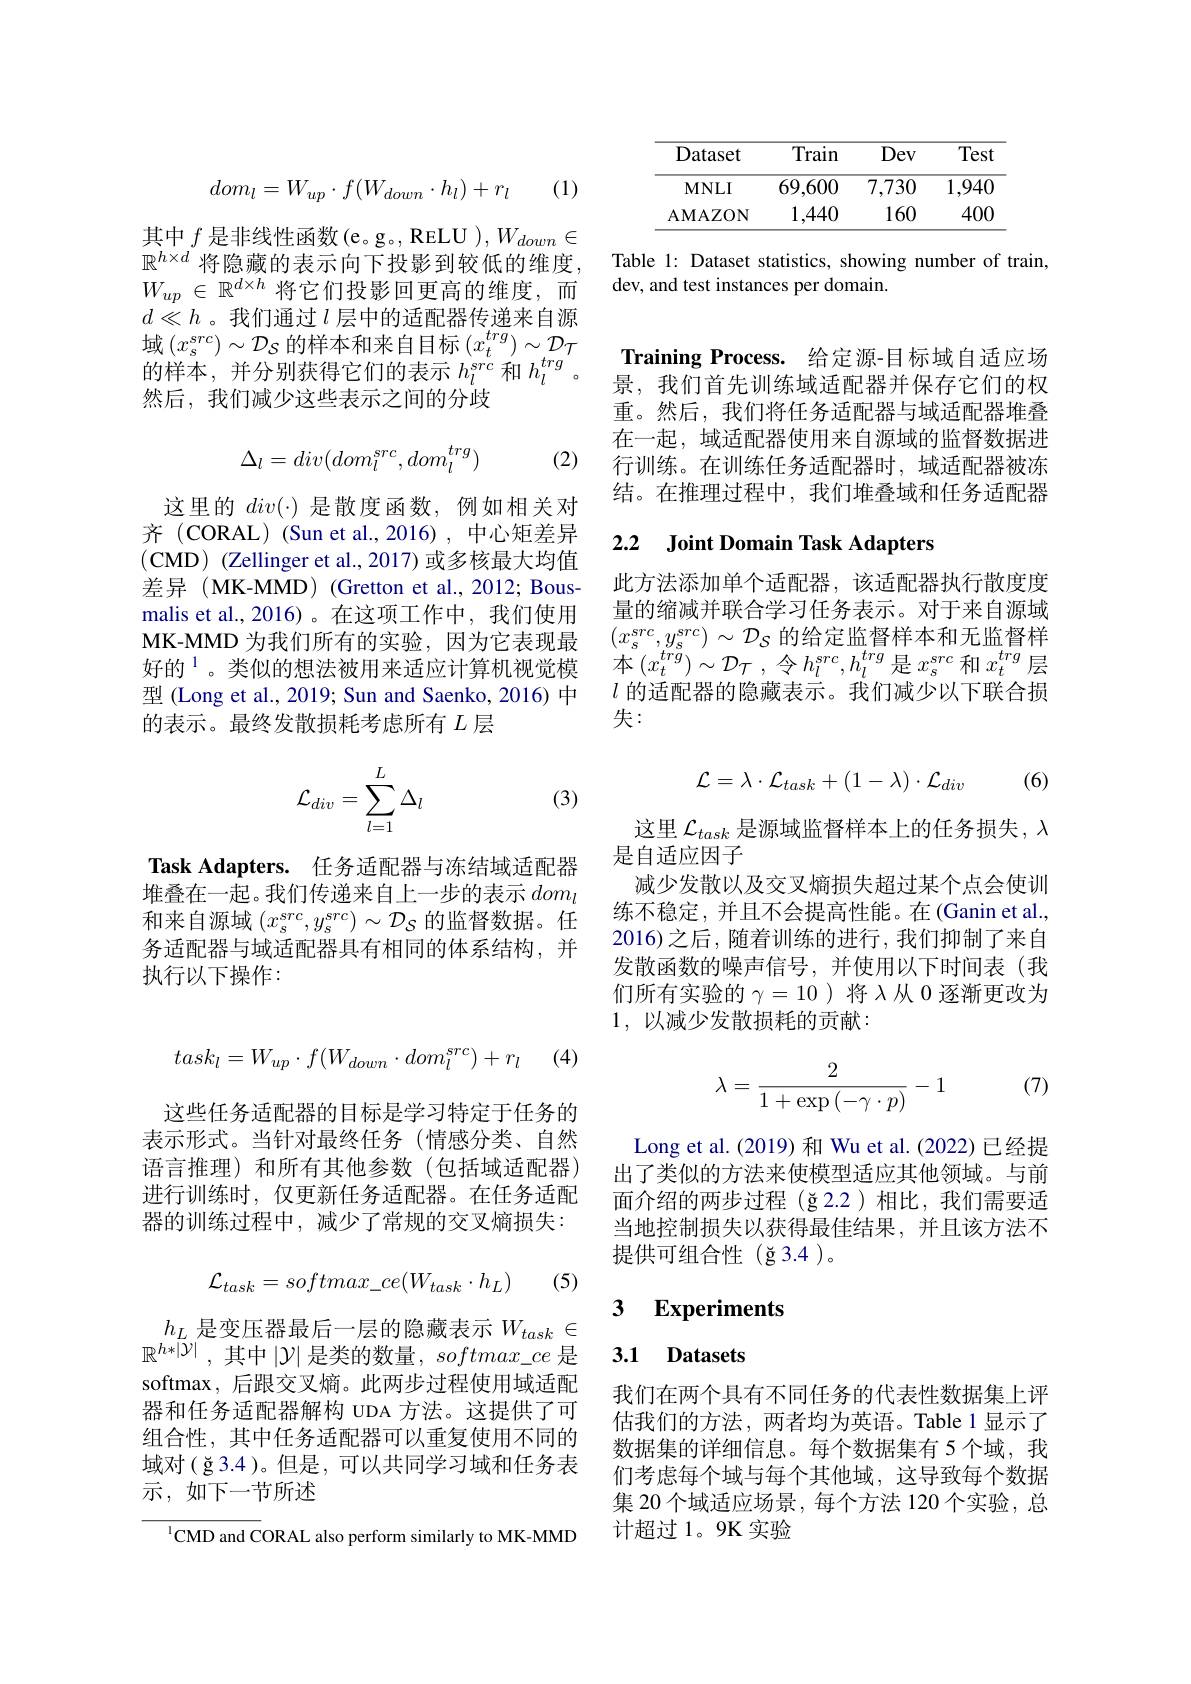
(1)
$$dom_l=W_{up}\cdot f(W_{down}\cdot h_l)+r_l$$
其中$f$是非线性函数(e。g。, RELU $),W_down\in$ $\mathbb{R}^{h\times d}$ 将隐藏的表示向下投影到较低的维度， $W_{up}\in\mathbb{R}^{d\times h}$将它们投影回更高的维度，而$d\ll h$ 。我们通过$l$层中的适配器传递来自源域$(x_s^{src})\sim\mathcal{D}_S$的样本和来自目标$(x_t^trg)\sim\mathcal{D}_t_n$ 的样本，并分别获得它们的表示$h_l^{src}$和$h_l^{trg}$ 然后，我们减少这些表示之间的分歧
$$\Delta_l=div(dom_l^{src},dom_l^{trg})$$
(2)

这里的$div(\cdot)$是散度函数，例如相关对齐 (CORAL) (Sun et al.,2016) , 中心矩差异(CMD) (Zellinger et al., 2017) 或多核最大均值差异 (MK-MMD) (Gretton et al., 2012; Bousmalis et al.,2016)。在这项工作中，我们使用MK-MMD 为我们所有的实验，因为它表现最好的$^{1}$。类似的想法被用来适应计算机视觉模型 (Long et al., 2019; Sun and Saenko, 2016) 中的表示。最终发散损耗考虑所有$L$层

(3)
$$\mathcal{L}_{div}=\sum\limits_{l=1}^L\Delta_l$$
Task Adapters. 任务适配器与冻结域适配器堆叠在一起。我们传递来自上一步的表示$dom_l$ 和来自源域$(x_s^{src},y_s^{src})\sim\mathcal{D}_S$的监督数据。任务适配器与域适配器具有相同的体系结构，并执行以下操作：
$$task_l=W_{up}\cdot f(W_{down}\cdot dom_l^{src})+r_l$$
(4)

这些任务适配器的目标是学习特定于任务的表示形式。当针对最终任务(情感分类、自然语言推理)和所有其他参数(包括域适配器) 进行训练时，仅更新任务适配器。在任务适配器的训练过程中，减少了常规的交叉熵损失：
$$\mathcal{L}_{task}=softmax_ce(W_{task}\cdot h_{L})$$
1 (5)

$h_{L}$是变压器最后一层的隐藏表示$W_task\in$ $\mathbb{R}^{h*|\bar{\mathcal{Y}}|}$,其中$|\mathcal{Y}|$是类的数量，$softmax\_ce$是softmax, 后跟交叉熵。此两步过程使用域适配器和任务适配器解构 UDA 方法。这提供了可组合性，其中任务适配器可以重复使用不同的域对(ğ3.4)。但是，可以共同学习域和任务表示，如下一节所述

$^{1}$CMD and CORAL also perform similarly to MK-MMD

<table>
	<tbody>
		<tr>
			<th>Dataset</th>
			<th>Train</th>
			<th>Dev</th>
			<th>Test</th>
		</tr>
		<tr>
			<td>$\mathbf{MNLI}$</td>
			<td>69,600</td>
			<td>7,730</td>
			<td>$\overline{1,940}$</td>
		</tr>
		<tr>
			<td>AMAZON</td>
			<td>1,440</td>
			<td>160</td>
			<td>400</td>
		</tr>
	</tbody>
</table>

Table 1: Dataset statistics, showing number of train,
dev, and test instances per domain.

Training Process. 给定源-目标域自适应场景，我们首先训练域适配器并保存它们的权

重。然后，我们将任务适配器与域适配器堆叠$\overline{\text{在一起，域适配器使用来自源域的监督数据进}}$ 行训练。在训练任务适配器时，域适配器被冻结。在推理过程中，我们堆叠域和任务适配器

### 2.2 Joint Domain Task Adapters

此方法添加单个适配器，该适配器执行散度度量的缩减并联合学习任务表示。对于来自源域$( x_{s}^{src}, y_{s}^{src})$ $\sim$ $\mathcal{D} _{S}$的给定监督样本和无监督样本$(x_t^{trg})\sim\mathcal{D}_{\mathcal{T}}$,令$h_l^src,h_l^{trg}$是$x_s^src$和$x_t^{trg}$层$l$的适配器的隐藏表示。我们减少以下联合损失：
$$\mathcal{L}=\lambda\cdot\mathcal{L}_{task}+(1-\lambda)\cdot\mathcal{L}_{div}$$
(6)

这里$\mathcal{L}_{task}$是源域监督样本上的任务损失，$\lambda$
是自适应因子
减少发散以及交叉熵损失超过某个点会使训练不稳定，并且不会提高性能。在(Ganin et al. 2016)之后，随着训练的进行，我们抑制了来自发散函数的噪声信号，并使用以下时间表(我们所有实验的$\gamma=10$ )将$\lambda$从 0 逐渐更改为1,以减少发散损耗的贡献：

(7)
$$\begin{aligned}\lambda=\frac{2}{1+\exp{(-\gamma\cdot p)}}-1\end{aligned}$$
Long et al. (2019) 和 Wu et al. (2022) 已经提出了类似的方法来使模型适应其他领域。与前面介绍的两步过程(ğ2.2)相比，我们需要适当地控制损失以获得最佳结果，并且该方法不提供可组合性(ğ3.4)。

## 3 Experiments

## 3.1 Datasets

我们在两个具有不同任务的代表性数据集上评估我们的方法，两者均为英语。Table 1 显示了数据集的详细信息。每个数据集有 5 个域，我们考虑每个域与每个其他域，这导致每个数据集 20 个域适应场景，每个方法 120 个实验，总计超过1。9K 实验